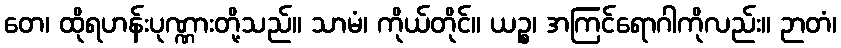
တေ၊ ထိုရဟန်းပုဏ္ဏားတို့သည်။ သာမံ၊ ကိုယ်တိုင်။ ယဉ္စ၊ အကြင်ရောဂါကိုလည်း။ ဉာတံ၊